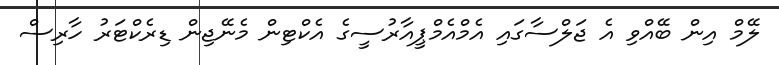
ލޭމް އިން ބޭއްވި އެ ޖަލްސާގައި އެމްއެމްޕީއާރުސީގެ އެކްޓިން މެނޭޖިން ޑިރެކްޓަރު ހާރިސް